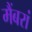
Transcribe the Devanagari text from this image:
मैंबरां